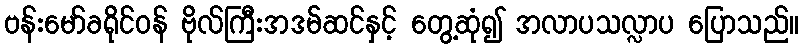
ဗန်းမော်ခရိုင်ဝန် ဗိုလ်ကြီးအဒမ်ဆင်နှင့် တွေ့ဆုံ၍ အလာပသလ္လာပ ပြောသည်။